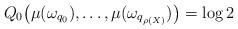
LaTeX: \begin{align*}Q_0 \big( \mu(\omega_{q_0}),\dots,\mu(\omega_{q_{\rho(X)}}) \big) = \log 2\end{align*}